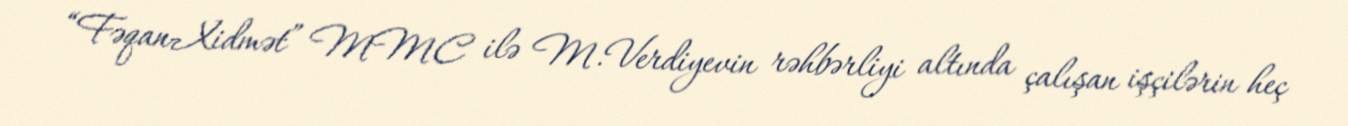
“Fəqan-Xidmət” MMC ilə M.Verdiyevin rəhbərliyi altında çalışan işçilərin heç